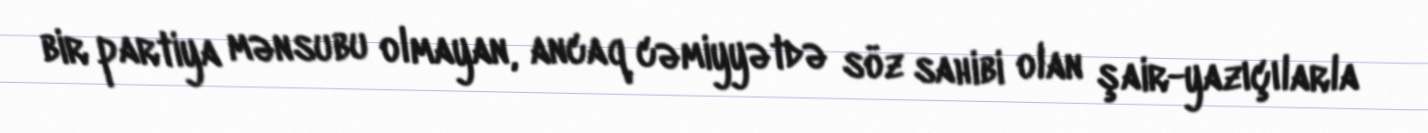
bir partiya mənsubu olmayan, ancaq cəmiyyətdə söz sahibi olan şair-yazıçılarla